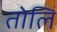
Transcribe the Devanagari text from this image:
तोलि